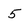
Character: 5